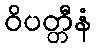
ဝိပတ္တီနံ